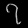
Digit: ၇